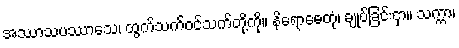
အဿာသပဿာသေ၊ ထွက်သက်ဝင်သက်တို့ကို။ နိရောဓေတုံ၊ ချုပ်ခြင်းငှာ။ သက္ကာ၊